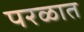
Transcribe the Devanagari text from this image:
परळात